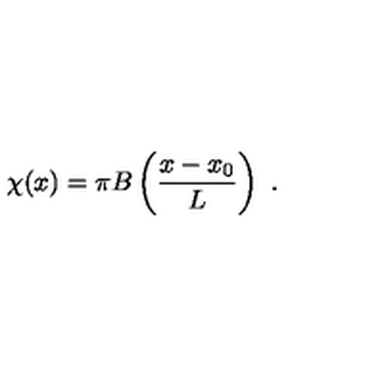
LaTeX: \chi ( x ) = \pi B \left( \frac { x - x _ { 0 } } { L } \right) \ .